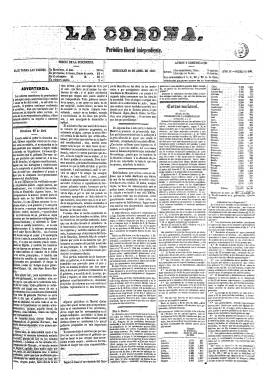
Título: La Corona (Barcelona. 1857)
Colección: Periódicos
Ámbito geográfico: Barcelona
Lugar de publicación: Barcelona
Fechas: 29/04/1857-26/06/1868

Este título barcelonés se considera continuación del diario La Corona de Aragón, que empezara a dirigir quien será una de las principales figuras de la Renaixença, Víctor Balaguer (1824-1901), a partir de noviembre de 1854, al comienzo del Bienio Progresista, para reivindicar las peculiaridades históricas, políticas y sociales comunes de Aragón, Cataluña, Baleares y Valencia, buscando una alianza entre estos territorios, mostrándose contrario al centralismo pero carente de reivindicaciones independentistas, que llega a insertar algunos poemas en lengua catalana, y todo ello desde una ideología progresista, que pretendía “la construcción de una España más libre”. Balaguer se separará en 1856 de La Corona de Aragón, que quedará suspendida durante el primer trimestre de 1857, y a partir del uno de abril, continuando la serie –Año IV y número 72–, aparecerá en su lugar con el título reducido: La Corona, siguiendo adscrita al progresismo catalanista.

La colección de este título en la Biblioteca Nacional de España (BNE) comienza con su número 100, correspondiente al 29 de abril de 1857. Se trata de un diario que salía por la tarde en formato gran folio, de cuatro páginas y compuesto a cinco columnas, en el que aparece como editor responsable Narciso Ramírez y Rialp, en cuyo establecimiento tipográfico era estampado. Su subtítulo es “periódico liberal independiente”, y se le atribuye su dirección al médico José Román de Lacunza (-1875), que desde 1856 ya venía siendo el director de La Corona de Aragón, y que será su editorialista, como firmante de su principal artículo de fondo. Entre sus redactores aparecen también Augusto Tell, Telesforo Roig, Juan Belza, Manuel Mir o el republicano Adolfo Joaritzti (1835-1871). Fue su primer secretario de redacción, Juan Álvarez; después lo será Ramón Ripoll, y, por último, Jaime Costa.

Comienza cada entrega con el correspondiente artículo de fondo o editorial, seguido a veces de breves comentarios sobre la actualidad o revista de prensa. Se estructura en secciones con epígrafes Correo nacional (en donde inserta la normativa publicada por la Gaceta de Madrid o informaciones de provincias, además de la subsección de Cortes); Correo extranjero; Gacetilla (con información local); Sección comercial (movimiento portuario y cotizaciones bursátiles); Sección religiosa (culto); Diversiones públicas (cartelera); Variedades; Remitidos (especie de cartas al director), así como Anuncios oficiales, particulares y otras inserciones publicitarias. Al ser un periódico vespertino tiene asimismo una sección bajo el epígrafe Últimas noticias o Alcance, que le eran suministradas por sus corresponsales (correspondencias).

Muy pronto, a partir del once de septiembre de ese año 1857, cambia de formato y a componerse a cuatro columnas, reduciendo el subtítulo a solo “diario liberal”, sacando dos ediciones diarias, una matutina (de dos o cuatro páginas) y otra vespertina (de cuatro páginas). Asimismo, publicará folletines, con paginación propia para su colección, algunos de los cuales irán ilustrados con grabados. (La colección de la BNE contiene ambas ediciones). Asimismo, ofrecerá información sobre las actividades del Partido Progresista.

También sufrirá los rigores de la censura, como puede observarse en los “blancos” que aparecen en su número 297, correspondiente al 14 de junio de 1865. A partir del 19 de junio de ese año recupera su formato anterior, compuesto de nuevo a cinco columnas, pero con nueva tipografía. Toma el subtítulo “diario liberal de Barcelona” y sigue editando una edición matutina y otra, de menor tamaño, vespertina, excepto los días festivos, que solo saldrá por la mañana. Quedó de nuevo suspendido del 18 de agosto al 23 de noviembre de 1867, por “causas ajenas a su voluntad”. El último número en la colección de la BNE corresponde al 26 de junio de 1868.

A partir del 28 de julio, bajo la dirección de Llorenç Mas i Oliver, se fusionó con Crónica de Cataluña, otro diario que había comenzado a publicarse el 13 de mayo de ese año 1868, apareciendo ambos títulos estampados en su cabecera, y a partir del 13 de agosto, aparecerá sólo el título La Corona, cesando definitivamente de publicarse este título el 29 de septiembre, con su número 444, diez días después del pronunciamiento que derrocó a Isabel II. A partir del 30 de septiembre continuará publicándose en su lugar Crónica de Cataluña, que continuará la secuencia, con el número 445, y seguirá publicándose hasta 1886.